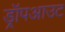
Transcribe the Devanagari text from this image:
ड्रॉपआउट